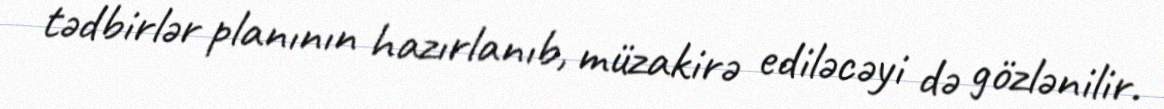
tədbirlər planının hazırlanıb, müzakirə ediləcəyi də gözlənilir.